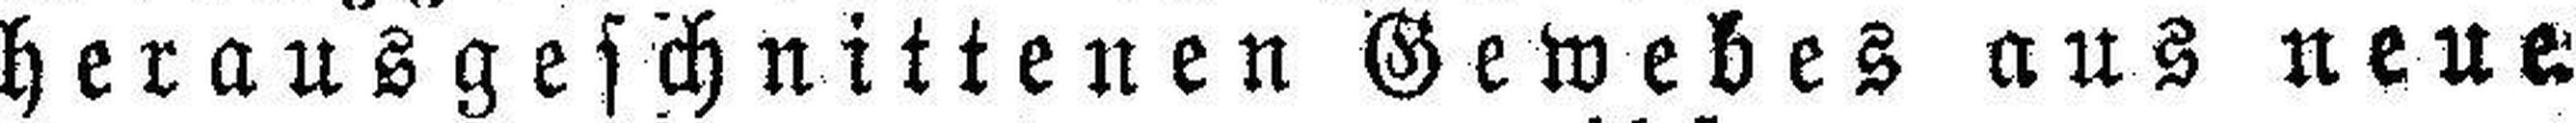
herausgeschnittenen Gewebes aus neue